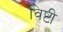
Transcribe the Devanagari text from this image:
विष्टी